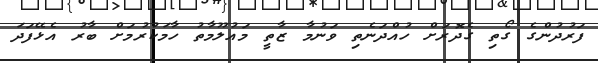
ފަރުދުންގެ ގޯތި ގެދޮރަށް ހުއްދަނެތި ވަނުމާ ޒާތީ މައުލޫމާތު ހާމަކުރުމަށް ބާރު އެޅޭފަދަ